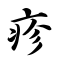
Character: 疹